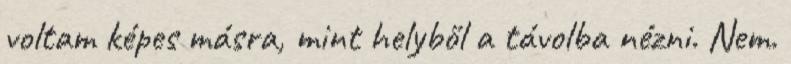
voltam képes másra, mint helyből a távolba nézni. Nem.